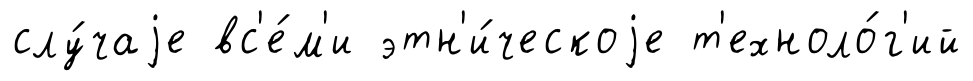
слу́чаjе вс'е́м'и этн'и́ческоjе т'ехноло́г'ий